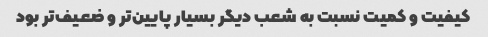
کیفیت و کمیت نسبت به شعب دیگر بسیار پایین‌تر و ضعیف‌تر بود